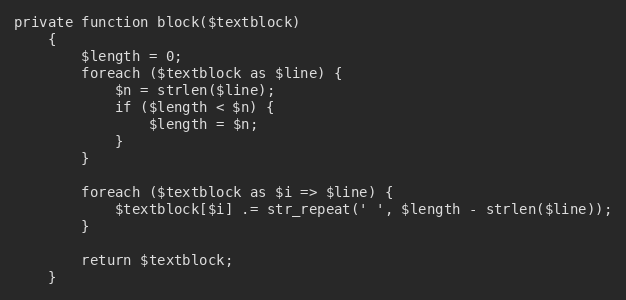
Language: PHP
private function block($textblock)
    {
        $length = 0;
        foreach ($textblock as $line) {
            $n = strlen($line);
            if ($length < $n) {
                $length = $n;
            }
        }

        foreach ($textblock as $i => $line) {
            $textblock[$i] .= str_repeat(' ', $length - strlen($line));
        }

        return $textblock;
    }